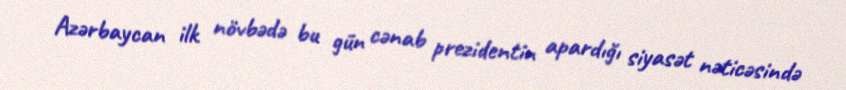
Azərbaycan ilk növbədə bu gün cənab prezidentin apardığı siyasət nəticəsində